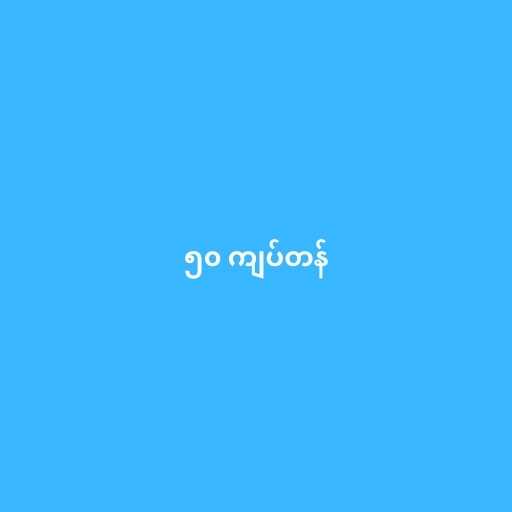
၅၀ ကျပ်တန်